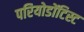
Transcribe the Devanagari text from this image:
परियोडोंटिस्ट